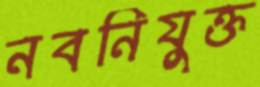
নবনিযুক্ত